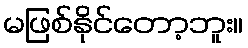
မဖြစ်နိုင်တော့ဘူး။